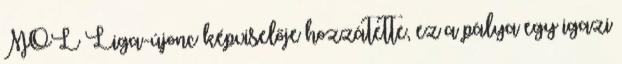
MOL Liga-újonc képviselője hozzátette, ez a pálya egy igazi